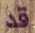
قد